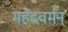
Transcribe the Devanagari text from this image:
महेंद्रवर्मन्‌